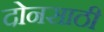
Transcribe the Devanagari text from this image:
दोनसाठी